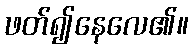
ဖတ်၍နေလေ၏။